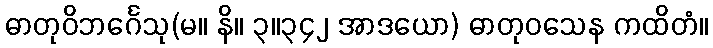
ဓာတုဝိဘင်္ဂေသု(မ။ နိ။ ၃။၃၄၂ အာဒယော) ဓာတုဝသေန ကထိတံ။